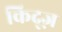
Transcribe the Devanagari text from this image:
किद्ज़